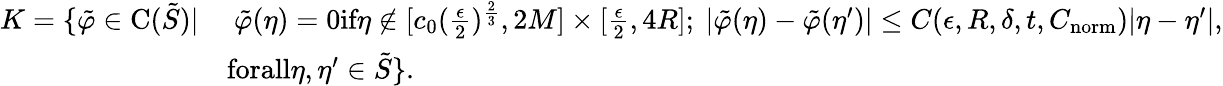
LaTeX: \begin{array}{rl}{K=\{ \tilde{\varphi}\in\textup{C}(\tilde{S})|}&{\mathrm{~}\tilde{\varphi}(\eta)=0\textup{if}\eta\not\in[c_{0}(\frac{\epsilon}{2})^{\frac{2}{3}},2M]\times[\frac{\epsilon}{2},4R];\mathrm{~}|\tilde{\varphi}(\eta)-\tilde{\varphi}(\eta^{\prime})|\leq C(\epsilon,R,\delta,t,C_{\textup{norm}})|\eta-\eta^{\prime}|,}\\ &{\textup{forall}\eta,\eta^{\prime}\in\tilde{S}\} .}\end{array}